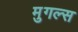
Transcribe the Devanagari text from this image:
मुगल्स